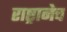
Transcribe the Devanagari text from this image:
राष्ट्रानेच